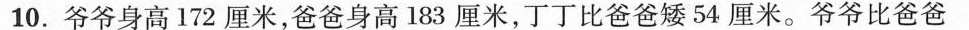
10.爷爷身高172厘米，爸爸身高183厘米，丁丁比爸爸矮54厘米。爷爷比爸爸